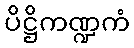
ပိဋ္ဌိကဏ္ဍကံ